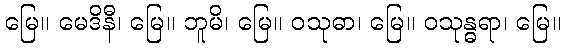
မြေ။ မေဒိနီ၊ မြေ။ ဘူမိ၊ မြေ။ ဝသုဓာ၊ မြေ။ ဝသုန္ဓရာ၊ မြေ။